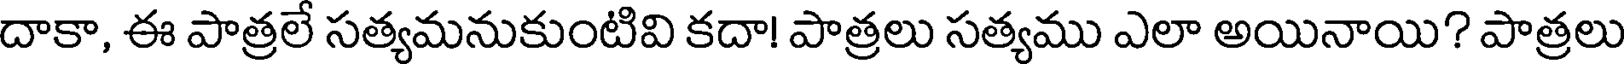
దాకా, ఈ పాత్రలే సత్యమనుకుంటివి కదా! పాత్రలు సత్యము ఎలా అయినాయి? పాత్రలు